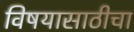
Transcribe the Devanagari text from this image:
विषयासाठीचा